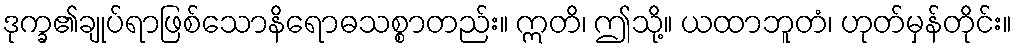
ဒုက္ခ၏ချုပ်ရာဖြစ်သောနိရောဓသစ္စာတည်း။ ဣတိ၊ ဤသို့။ ယထာဘူတံ၊ ဟုတ်မှန်တိုင်း။